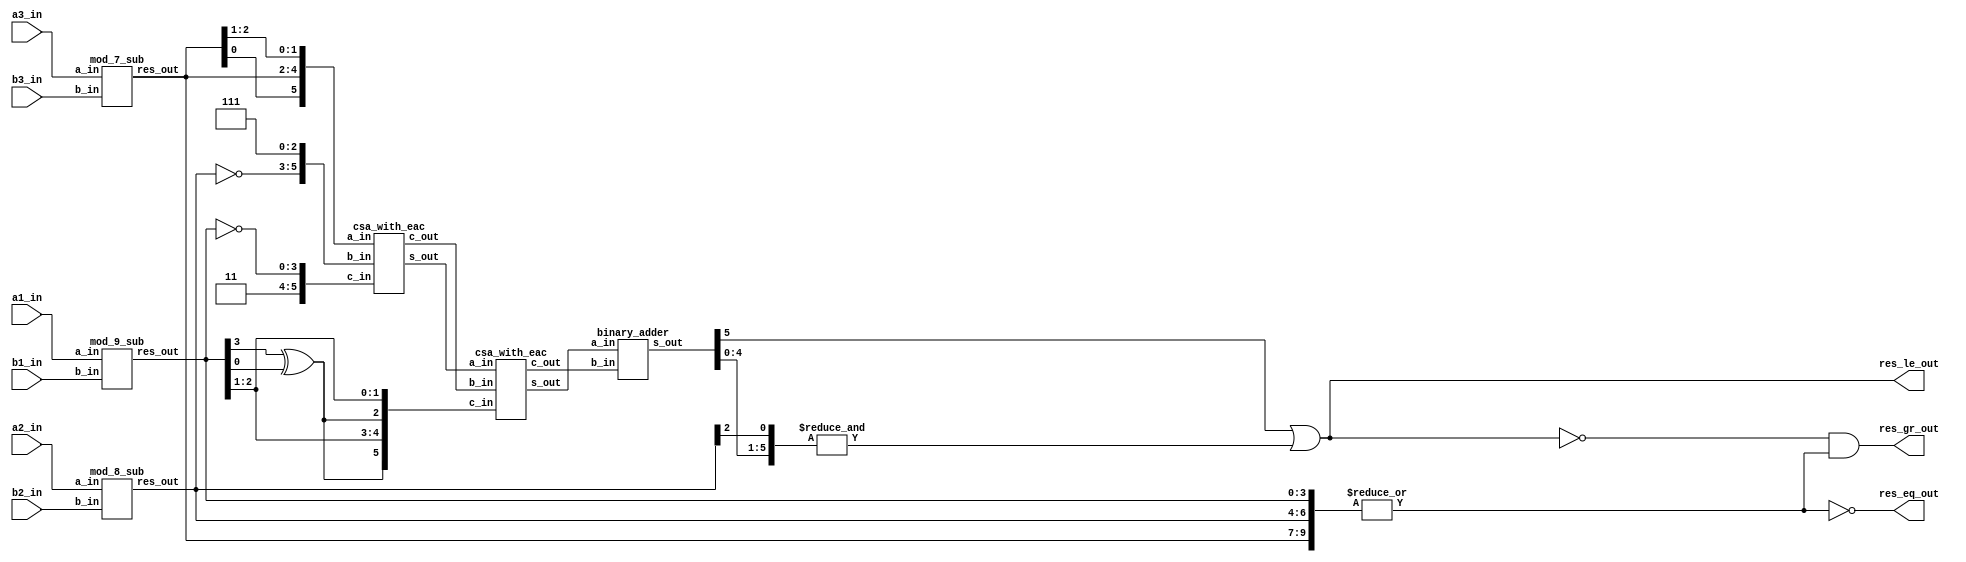



module compare_9_8_7
(
  input [3:0] a1_in,
  input [2:0] a2_in,
  input [2:0] a3_in,
  input [3:0] b1_in,
  input [2:0] b2_in,
  input [2:0] b3_in,
  output res_le_out,
  output res_eq_out,
  output res_gr_out
);

  wire [5:0] U;
  wire [5:0] V;
  wire [5:0] W;
  wire [2:0] halfW;
  wire [5:0] neg_d1;
  wire [3:0] d1;
  wire [2:0] d2;
  wire [2:0] d3;
  wire [5:0] tmp_sum1;
  wire [5:0] tmp_sum2;
  wire [5:0] tmp_carry1;
  wire [5:0] tmp_carry2;
  wire [5:0] D1;
  wire [8:0] D;
  wire C;
  wire E;
  assign U = { d3[0], d3[2:0], d3[2:1] };
  assign V = { ~d2[2:0], 3'b111 };
  assign halfW = { d1[3] ^ d1[0], d1[2:1] };
  assign W = { halfW, halfW };
  assign neg_d1 = { 2'b11, ~d1 };
  assign C = ~(|{ d1, d2, d3 });
  assign D = { D1, d2 };
  assign E = { ~(D[8] | &D[7:2]) };
  assign res_le_out = ~E;
  assign res_eq_out = C;
  assign res_gr_out = E & ~C;

  mod_9_sub
  sub1
  (
    .a_in(a1_in),
    .b_in(b1_in),
    .res_out(d1)
  );


  mod_8_sub
  sub2
  (
    .a_in(a2_in),
    .b_in(b2_in),
    .res_out(d2)
  );


  mod_7_sub
  sub3
  (
    .a_in(a3_in),
    .b_in(b3_in),
    .res_out(d3)
  );


  csa_with_eac
  csa1
  (
    .a_in(U),
    .b_in(V),
    .c_in(neg_d1),
    .s_out(tmp_sum1),
    .c_out(tmp_carry1)
  );


  csa_with_eac
  csa2
  (
    .a_in(tmp_sum1),
    .b_in(tmp_carry1),
    .c_in(W),
    .s_out(tmp_sum2),
    .c_out(tmp_carry2)
  );


  binary_adder
  adder
  (
    .a_in(tmp_sum2),
    .b_in(tmp_carry2),
    .s_out(D1)
  );


endmodule



module mod_9_sub
(
  input [3:0] a_in,
  input [3:0] b_in,
  output [3:0] res_out
);

  wire T;
  wire W;
  wire [3:0] R;
  assign T = ~(a_in[3] & ~b_in[3]);
  assign W = ~(a_in[3] | ~b_in[3]);
  assign R = { 1'b0, a_in[2:0] } + { 1'b0, ~b_in[2:0] } + T;
  assign res_out = { 1'b0, R[2:0] } + W + { 3'b0, ~R[3] };

endmodule



module mod_8_sub
(
  input [2:0] a_in,
  input [2:0] b_in,
  output [2:0] res_out
);

  assign res_out = a_in + ~b_in + 1;

endmodule



module mod_7_sub
(
  input [2:0] a_in,
  input [2:0] b_in,
  output [2:0] res_out
);

  wire [3:0] R1;
  wire [2:0] R2;
  assign R1 = { 1'b0, a_in } + { 1'b0, ~b_in };
  assign R2 = R1[2:0] + { 2'b0, R1[3] };
  assign res_out = &R2 ? ~R2 : R2;

endmodule



module csa_with_eac
(
  input [5:0] a_in,
  input [5:0] b_in,
  input [5:0] c_in,
  output [5:0] s_out,
  output [5:0] c_out
);

  wire [5:0] carry;
  assign carry = a_in & b_in | b_in & c_in | a_in & c_in;
  assign s_out = a_in ^ b_in ^ c_in;
  assign c_out = { carry[4:0], carry[5] };

endmodule



module binary_adder
(
  input [5:0] a_in,
  input [5:0] b_in,
  output [5:0] s_out
);

  wire [6:0] R1;
  wire [5:0] R2;
  assign R1 = a_in + b_in;
  assign R2 = R1[5:0] + R1[6];
  assign s_out = &R2 ? ~R2 : R2;

endmodule




module compare_testbench_9_8_7
(

);

  integer iter;
  integer reverse_iter;
  reg [3:0] x1;
  reg [2:0] x2;
  reg [2:0] x3;
  reg [3:0] y1;
  reg [2:0] y2;
  reg [2:0] y3;
  wire gr;
  wire eq;
  wire le;
  reg reg_gr;
  reg reg_eq;
  reg reg_le;
  reg exp_gr;
  reg exp_eq;
  reg exp_le;
  reg dummy;

  compare_9_8_7
  dut
  (
    .a1_in(x1),
    .a2_in(x2),
    .a3_in(x3),
    .b1_in(y1),
    .b2_in(y2),
    .b3_in(y3),
    .res_le_out(le),
    .res_eq_out(eq),
    .res_gr_out(gr)
  );


  initial begin
    $display ("!!! Stage 1 !!!");
    for (iter = 0; iter < 126; iter = iter + 1)
    begin
        reverse_iter = 125 - iter;

        x1 = iter % 9;
        x2 = iter % 8;
        x3 = iter % 7;
    
        y1 = reverse_iter % 9;
        y2 = reverse_iter % 8;
        y3 = reverse_iter % 7;

        exp_gr = (iter > reverse_iter);
        exp_eq = (iter == reverse_iter);
        exp_le = (iter < reverse_iter);

        #1 dummy = 1;

        reg_gr = gr;
        reg_eq = eq;
        reg_le = le;

        if (reg_gr !== exp_gr || reg_eq !== exp_eq || reg_le !== exp_le )
        begin
            $display ("!!! Error stage 1!!!");
            $display ("X = (%d; %d; %d) Y = (%d; %d; %d)",x1, x2, x3, y1, y2, y3);
            $fatal();;
        end
        #1 dummy = 1;
    end

    $display ("!!! Stage 2 !!!");

    for (iter = 0; iter < 126; iter = iter + 1)
    begin

        x1 = iter % 9;
        x2 = iter % 8;
        x3 = iter % 7;
    
        y1 = iter % 9;
        y2 = iter % 8;
        y3 = iter % 7;

        exp_gr = 0;
        exp_eq = 1;
        exp_le = 0;

        #1 dummy = 1;

        reg_gr = gr;
        reg_eq = eq;
        reg_le = le;

        if (reg_gr !== exp_gr || reg_eq !== exp_eq || reg_le !== exp_le )
        begin
            $display ("!!! Error stage 2 !!!");
            $display ("X = (%d; %d; %d) Y = (%d; %d; %d)",x1, x2, x3, y1, y2, y3);
            $fatal();
        end
        #1 dummy = 1;
    end

    $display ("!!! Stage 3 !!!");
    for (iter = 0; iter < 126; iter = iter + 1)
    begin
        reverse_iter = 125 - iter;

        y1 = iter % 9;
        y2 = iter % 8;
        y3 = iter % 7;
    
        x1 = reverse_iter % 9;
        x2 = reverse_iter % 8;
        x3 = reverse_iter % 7;

        exp_gr = (iter < reverse_iter);
        exp_eq = (iter == reverse_iter);
        exp_le = (iter > reverse_iter);

        #1 dummy = 1;

        reg_gr = gr;
        reg_eq = eq;
        reg_le = le;

        if (reg_gr !== exp_gr || reg_eq !== exp_eq || reg_le !== exp_le )
        begin
            $display ("!!! Error stage 3!!!");
            $display ("X = (%d; %d; %d) Y = (%d; %d; %d)",x1, x2, x3, y1, y2, y3);
            $fatal();
        end
        #1 dummy = 1;
    end

    $display ("!!! Succsess !!!");
  end


endmodule